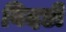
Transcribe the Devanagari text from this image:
बिदडी